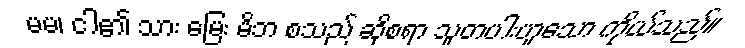
မမ၊ ငါ၏ သား မြေး မိဘ စသည် ဆိုစရာ သူတပါးဟူသော ကိုယ်သည်။